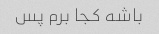
باشه کجا برم پس